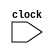
module main (clock);
input clock;
reg [2:0]a,b;

initial a = 3'b010;
initial b = 3'b110;

always @ (posedge clock) begin
	a[2] <= b[0];
	a[1:0] <= b [2:1];	
	b[2:1] <= a[1:0];
	b[0] <= a[2];
end
endmodule